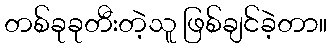
တစ်ခုခုတီးတဲ့သူ ဖြစ်ချင်ခဲ့တာ။